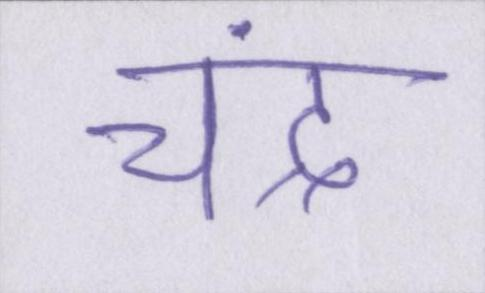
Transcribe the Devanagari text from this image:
चंद्र